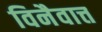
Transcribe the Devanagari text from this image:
विनैवात्त